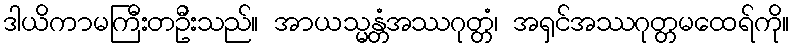
ဒါယိကာမကြီးတဦးသည်။ အာယသ္မန္တံအဿဂုတ္တံ၊ အရှင်အဿဂုတ္တမထေရ်ကို။